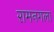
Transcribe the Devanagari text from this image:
रामनगला